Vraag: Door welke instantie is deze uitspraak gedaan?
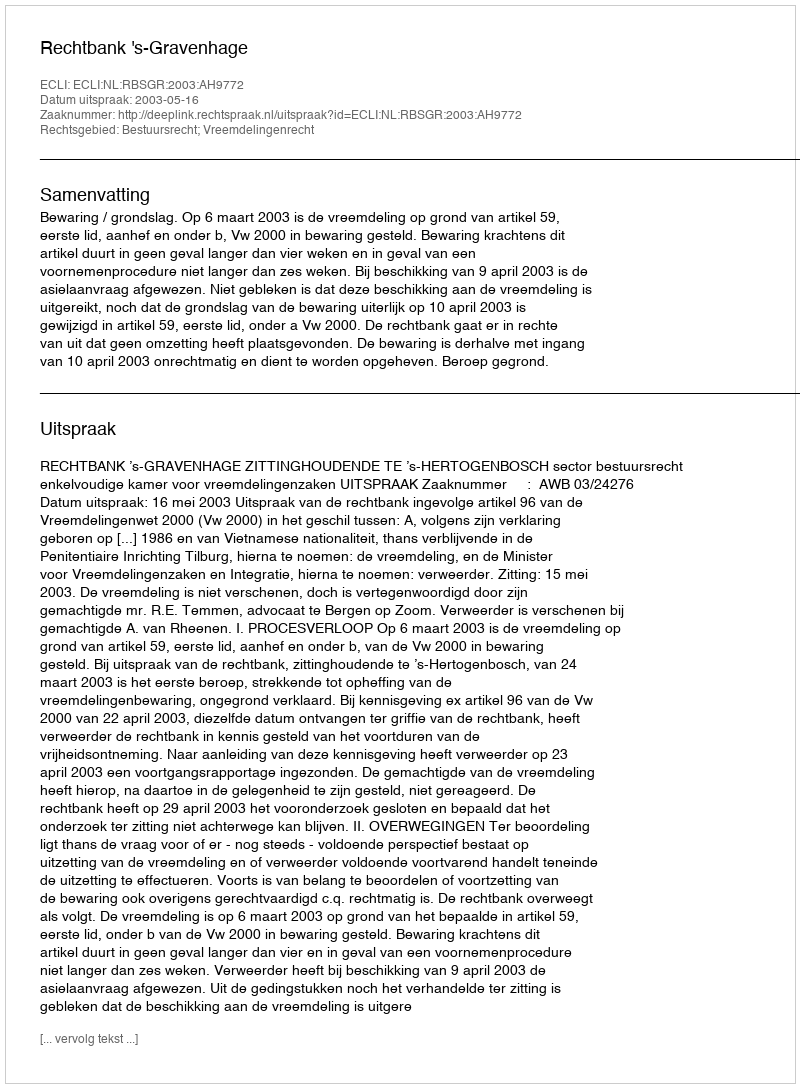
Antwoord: Rechtbank 's-Gravenhage